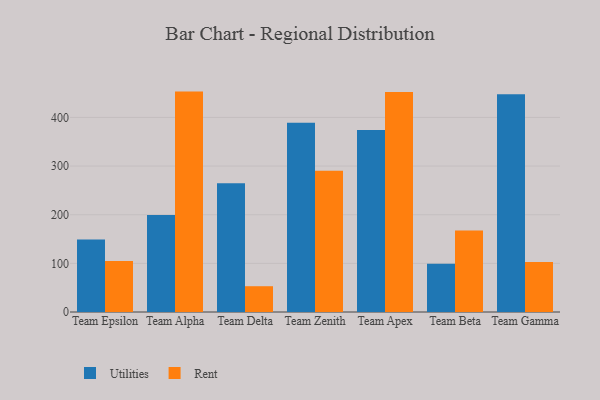
{"axis": {"x": "Team", "y": "LTV (USD)"}, "legend": ["Rent", "Utilities"], "data": [{"x": "Team Epsilon", "y": 149.0, "type": "Utilities"}, {"x": "Team Epsilon", "y": 105.1, "type": "Rent"}, {"x": "Team Alpha", "y": 199.5, "type": "Utilities"}, {"x": "Team Alpha", "y": 453.1, "type": "Rent"}, {"x": "Team Delta", "y": 264.6, "type": "Utilities"}, {"x": "Team Delta", "y": 53.0, "type": "Rent"}, {"x": "Team Zenith", "y": 389.0, "type": "Utilities"}, {"x": "Team Zenith", "y": 290.6, "type": "Rent"}, {"x": "Team Apex", "y": 374.4, "type": "Utilities"}, {"x": "Team Apex", "y": 452.3, "type": "Rent"}, {"x": "Team Beta", "y": 99.4, "type": "Utilities"}, {"x": "Team Beta", "y": 167.4, "type": "Rent"}, {"x": "Team Gamma", "y": 447.5, "type": "Utilities"}, {"x": "Team Gamma", "y": 102.7, "type": "Rent"}]}